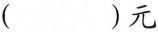
()元